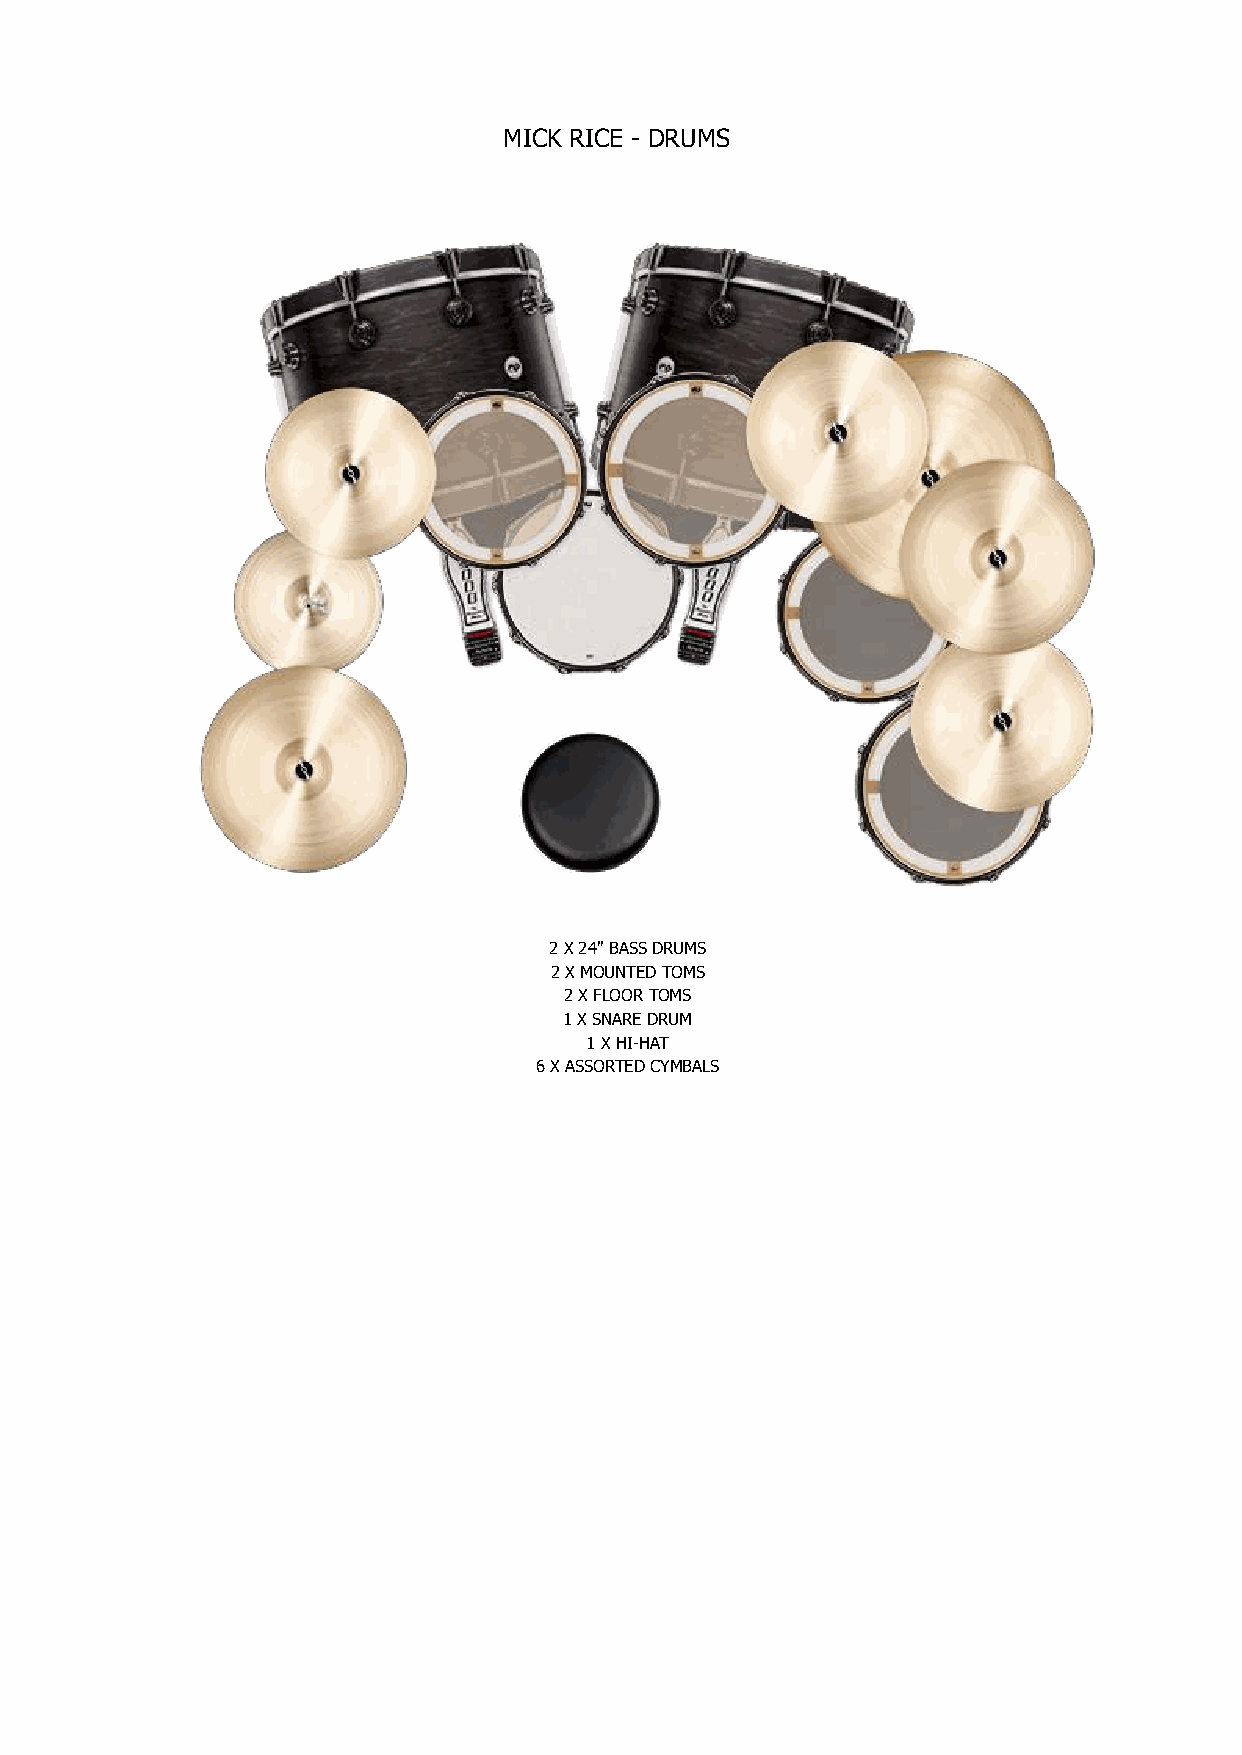
MICK RICE - DRUMS
 2 X 24'' BASS DRUMS
 2 X MOUNTED TOMS
 2 X FLOOR TOMS
 1 X SNARE DRUM
 1 X HI-HAT
 6 X ASSORTED CYMBALS